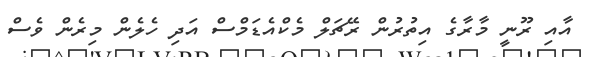
އާއި ރޫނީ މާރާގެ އިތުރުން ރޭޗަލް މެކްއެޑަމްސް އަދި ހެލެން މިރެން ވެސް